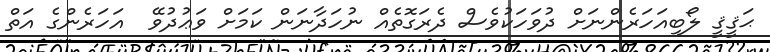
ޙަޤީޤީ ލޯބިއަހަރެންނަށް ދުވަހަކުވެސް ދެރަގޮތެއް ނުހަދާނަން ކަމަށް ވަޢުދުވޭ  އަހަރެންގެ އަތް